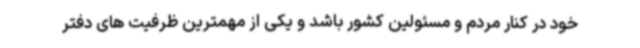
خود در کنار مردم و مسئولین کشور باشد و یکی از مهمترین ظرفیت های دفتر